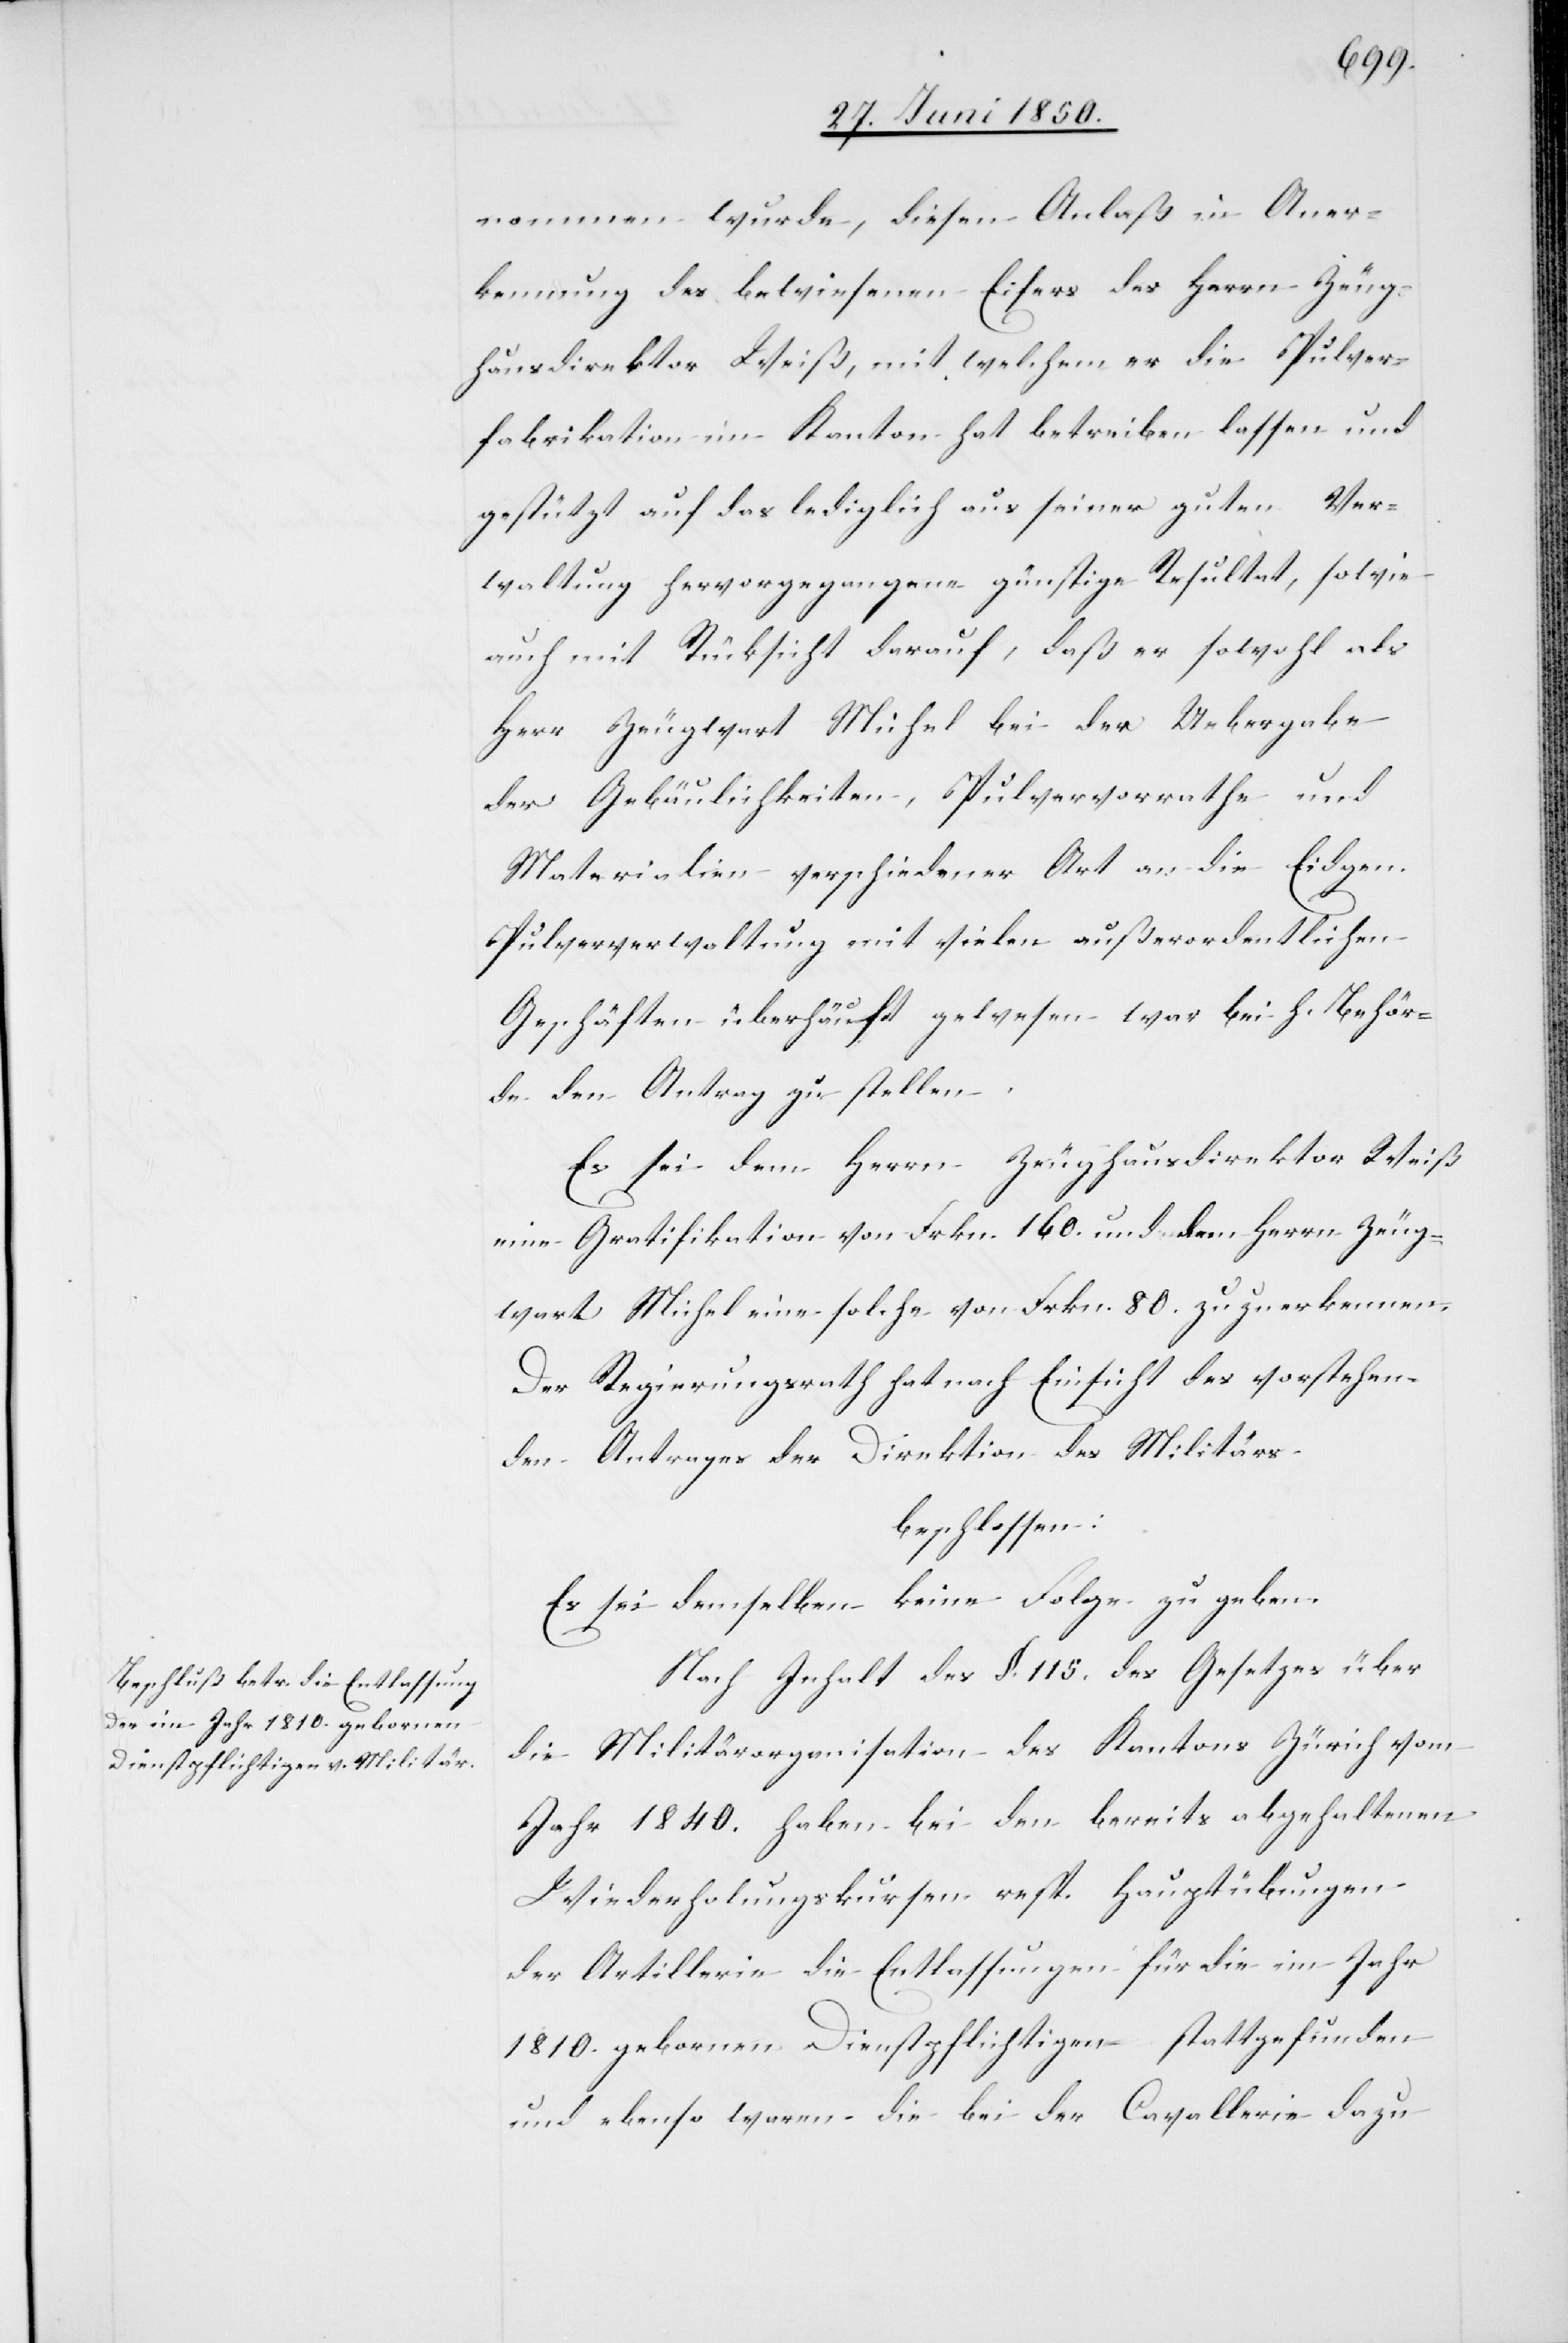
nommen wurde, diesen Anlaß in Aner¬
kennung des bewiesenen Eifers des Herrn Zeug¬
hausdirektor Weiß, mit welchem er die Pulver¬
fabrikation im Kanton hat betreiben lassen und
gestützt auf das lediglich aus seiner guten Ver¬
waltung hervorgegangene günstige Resultat, sowie
auch mit Rücksicht darauf, daß er sowohl als
Herr Zeugwart Michel bei der Uebergabe
der Gebäulichkeiten, Pulvervorrathe und
Materialien verschiedener Art an die Eidgen.
Pulververwaltung mit vielen außerordentlichen
Geschäften überhäuft gewesen war bei h. Behör¬
de den Antrag zu stellen.
Es sei dem Herrn Zeughausdirektor Weiß
eine Gratifikation von Frkn. 160. und dem Herrn Zeug¬
wart Michel eine solche von Frkn. 80. zuzuerkennen.
Der Regierungsrath hat nach Einsicht des vorstehen¬
den Antrages der Direktion des Militärs
beschlossen:
Es sei demselben keine Folge zu geben.
Nach Inhalt des §. 115. des Gesetzes über
die Militärorganisation des Kantons Zürich vom
Jahr 1840. haben bei den bereits abgehaltenen
Wiederholungskursen resp. Hauptübungen
der Artillerie die Entlassungen für die im Jahr
1810. gebornen Dienstpflichtigen stattgefunden
und ebenso waren die bei der Cavallerie dazu